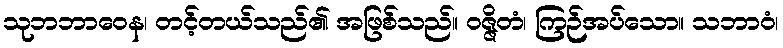
သုဘဘာဝေန၊ တင့်တယ်သည်၏ အဖြစ်သည်။ ဝဇ္ဇိတံ၊ ကြဉ်အပ်သော။ သဘာဝံ၊